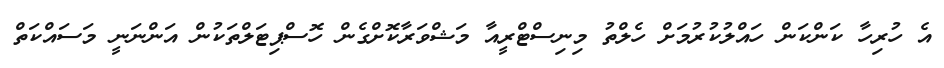
އެ ހުރިހާ ކަންކަން ހައްލުކުރުމަށް ހެލްތު މިނިސްޓްރީއާ މަޝްވަރާކޮށްގެން ހޮސްޕިޓަލްތަކުން އަންނަނީ މަސައްކަތް